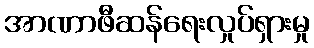
အာဏာဖီဆန်ရေးလှုပ်ရှားမှု